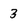
Character: 3